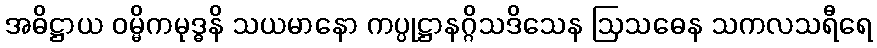
အဓိဋ္ဌာယ ဝမ္မိကမုဒ္ဓနိ သယမာနော ကပ္ပုဋ္ဌာနဂ္ဂိသဒိသေန ဩသဓေန သကလသရီရေ